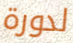
لدورة